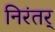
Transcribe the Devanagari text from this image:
निरंतर्